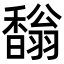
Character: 𩡓